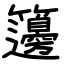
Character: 籩